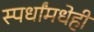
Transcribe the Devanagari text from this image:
स्पर्धांमधेही